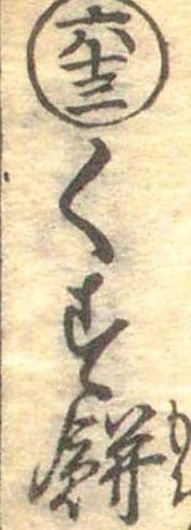
六十三くす餅